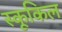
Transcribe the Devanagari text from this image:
स्कूकिल